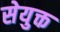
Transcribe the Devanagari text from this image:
सेयुक्त